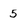
Character: 5